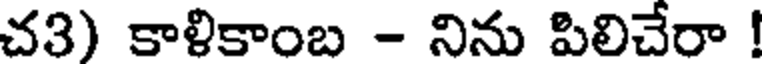
చ3) కాళికాంబ - నిను పిలిచేరా !